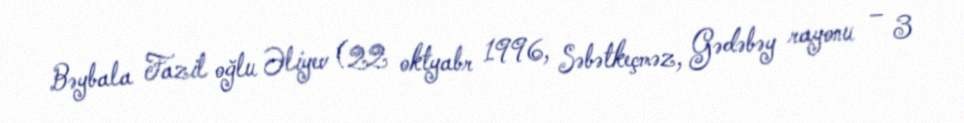
Bəybala Fazil oğlu Əliyev (22 oktyabr 1996, Səbətkeçməz, Gədəbəy rayonu – 3